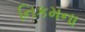
નિકમના